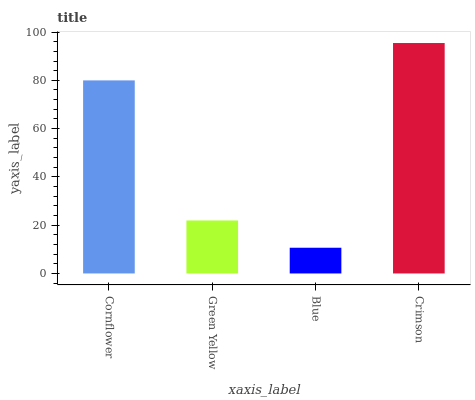
| xaxis_label | bars |
 | --- | --- |
 | Cornflower | 80 |
 | Green Yellow | 22 |
 | Blue | 10.7 |
 | Crimson | 95.5 |